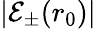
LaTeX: \left|\mathcal{E}_{\pm}(r_{0})\right|